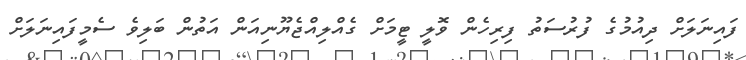
ފައިނަލަށް ދިއުމުގެ ފުރުސަތު ފިރިހެން ވޮލީ ޓީމަށް ގެއްލިއްޖެޔޫނިއަން އަތުން ބަލިވެ ސެމީފައިނަލަށް